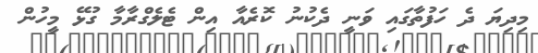
މިދިޔަ ދެ ހަފުތާގައި ވަނީ ދެކުނު ކޮރެއާ އިން ޓެލެގްރާމާ ގުޅޭ މީހުން